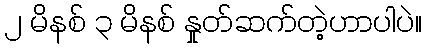
၂ မိနစ် ၃ မိနစ် နှုတ်ဆက်တဲ့ဟာပါပဲ။